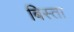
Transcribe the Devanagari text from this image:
बिस्ता